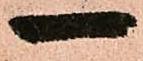
一